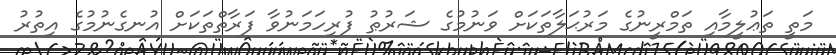
މަތީ ތަޢުލީމާއި ތަމްރީނުގެ މަރުޙަލާތަކަށް ވަނުމުގެ ޝަރުޠު ފުރިހަމަނުވާ ފަރާތްތަކަށް އުނގެނުމުގެ އިތުރު